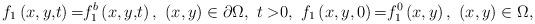
LaTeX: \begin{align*}{f_1}\left({x,y,}t \right){\rm =}{f_1^b}\left({x,y,}t \right), ~(x,y)\in\partial\Omega,~ {t >}0,~{f_1}\left(x,y ,0\right){\rm =}{f^0_1}\left(x,y \right),~(x,y)\in\Omega,\end{align*}